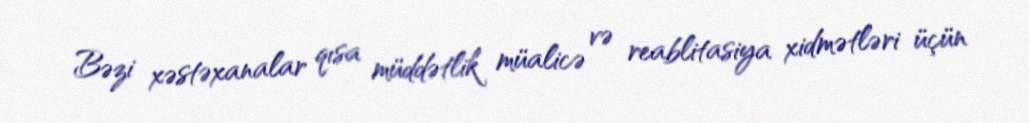
Bəzi xəstəxanalar qısa müddətlik müalicə və reablitasiya xidmətləri üçün